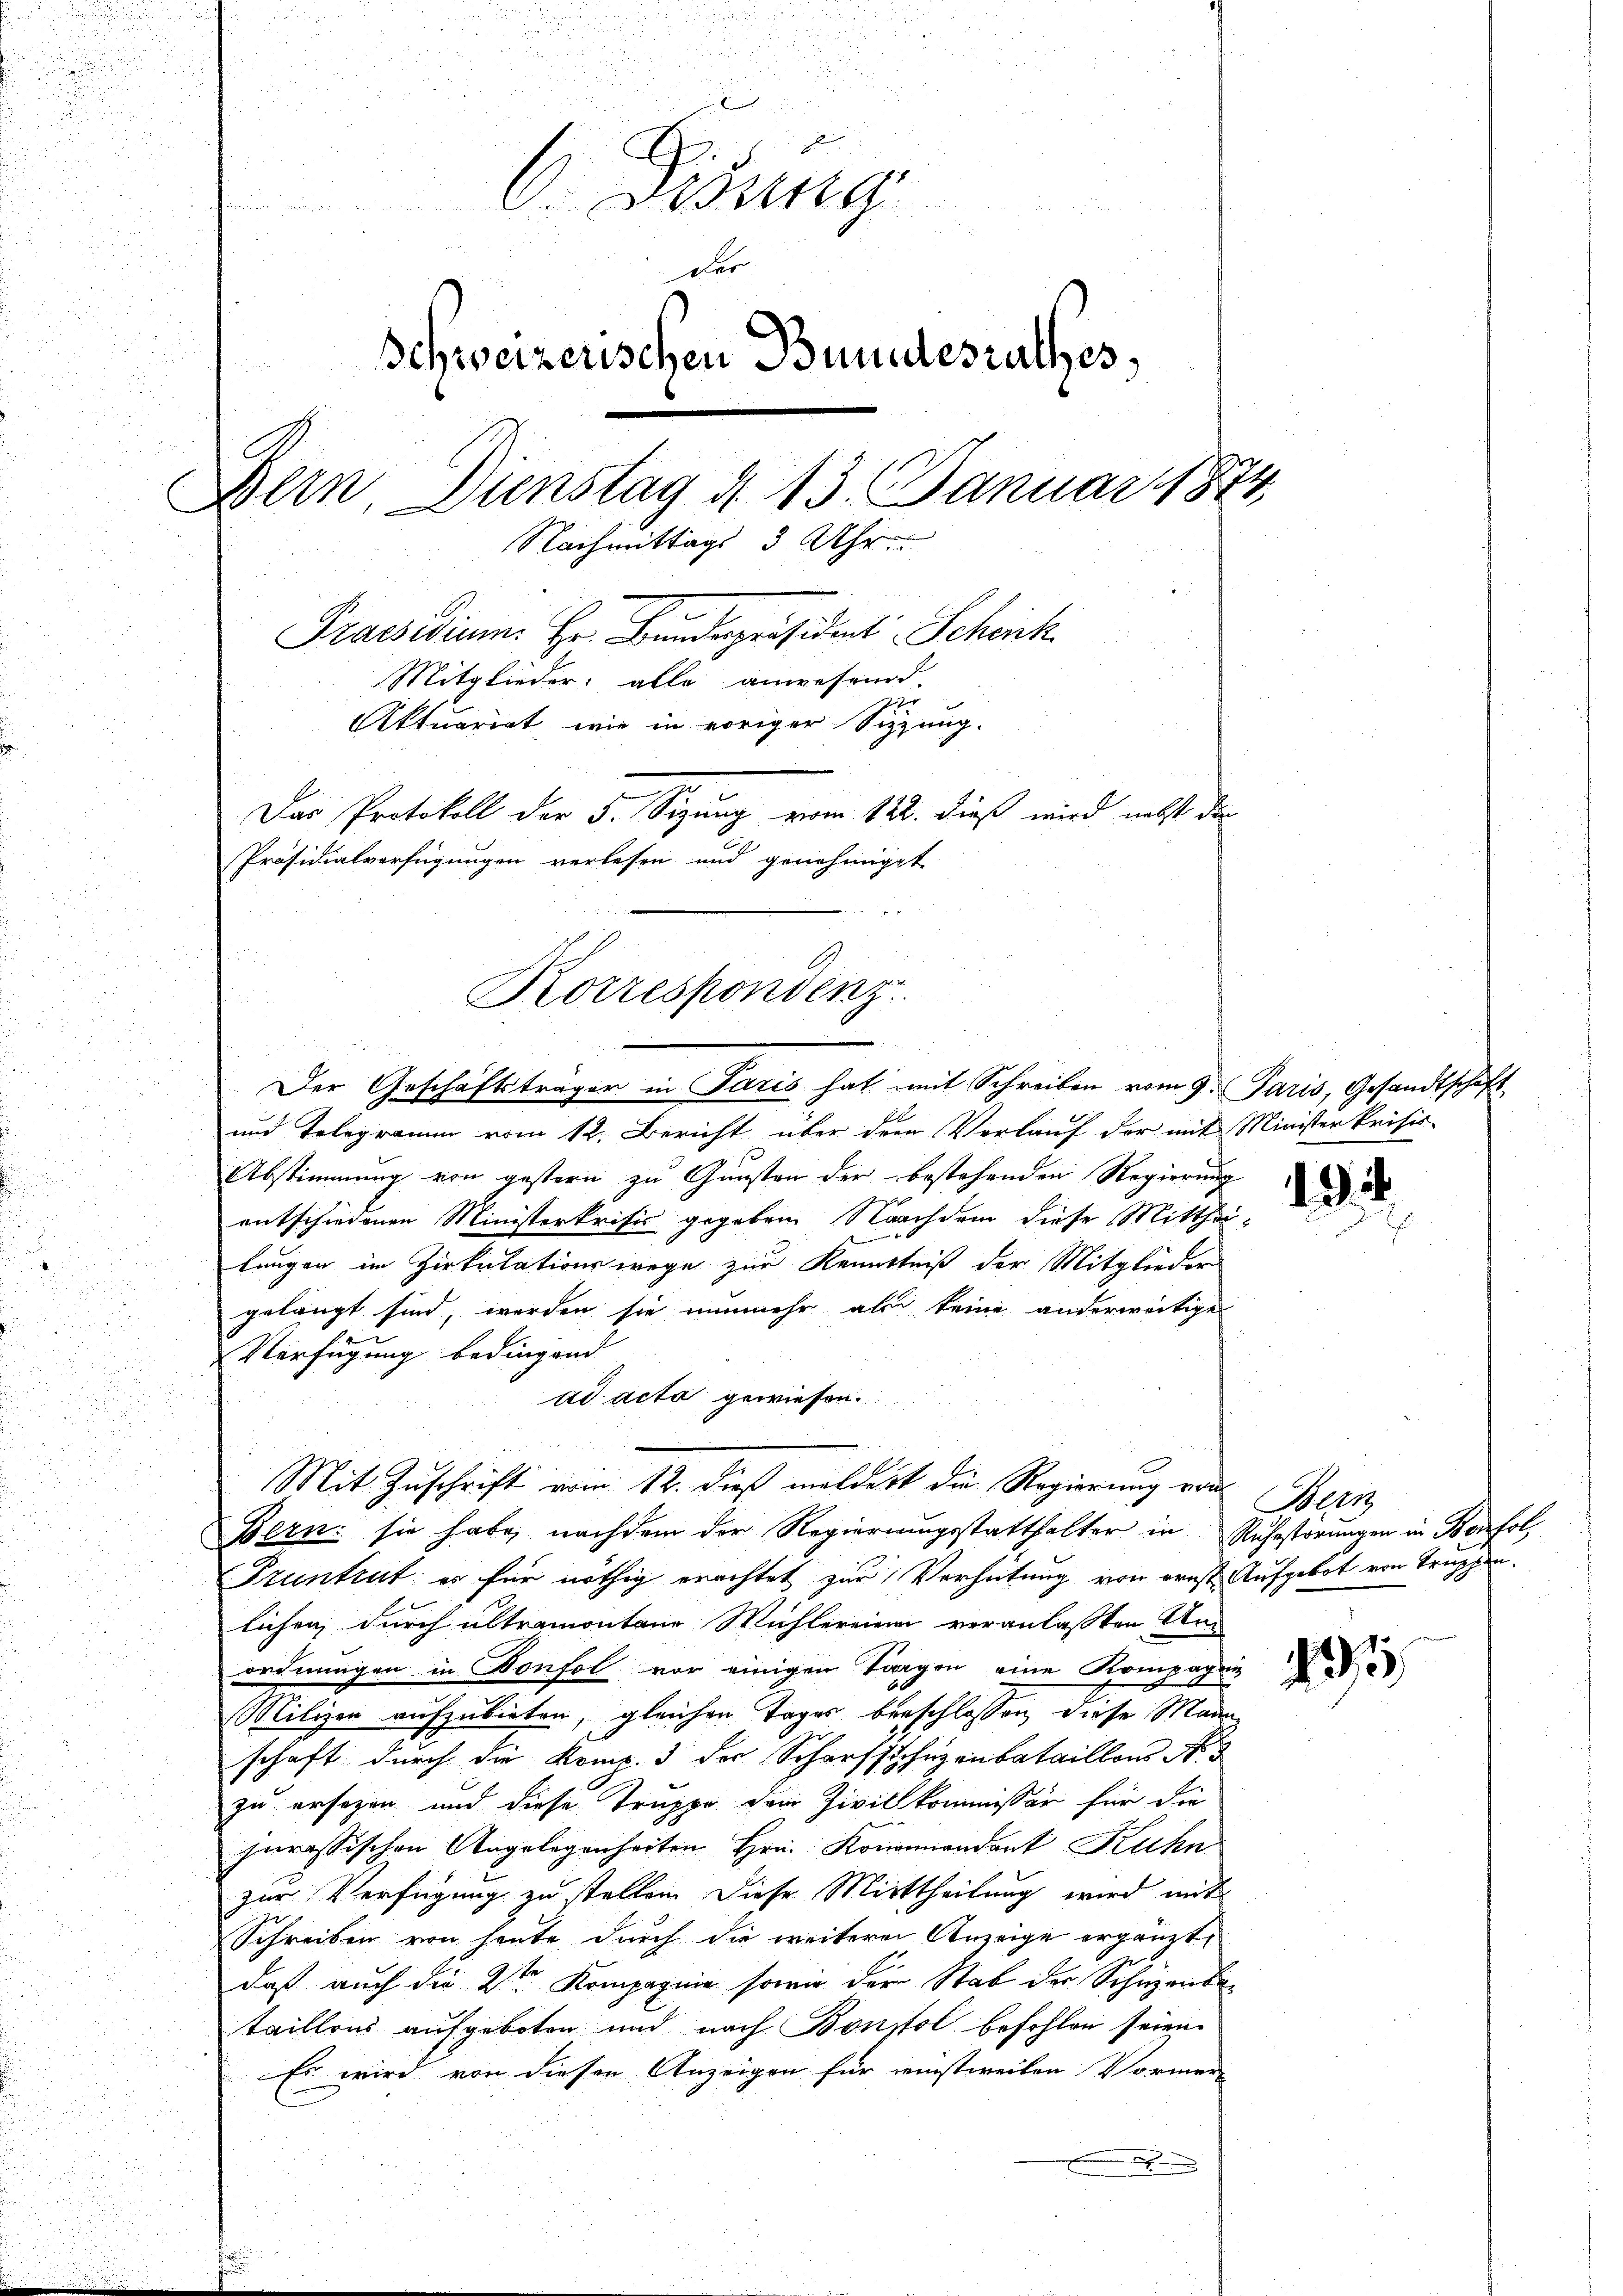
.
C. Diezing
der
Schweizerischen Bundesrathes,
Bern, Dienstag d. 13. Januar 1874,
Nachmittags 3 Uhr
Praesidium. Hr. Bundespräsident Schenk
Mitglieder alle anwesend
Aktuariat, wie in voriger Sitzung.
Das Protokoll der 5. Sitzung vom 122. dieß wird nebst der
Präsidialverfügungen verlesen und genehmiget

Korrespondenz
e
Der Geschäftsträger in Paris hat mit Schreiben vom 9. Paris, Gesandtschaft

Mit Zuschrift vom 12. dieß meldert die Regierung von

und Telegramm vom 12. Bericht über dem Verlauf der mit Ministerkrisis
Abstimmung von gestern zu Gunsten der bestehenden Regierung
entschiedenen Ministerkrisis gegeben Nachdem diese Mittheilungen im Zirkulationswege zur Kenntniß der Mitglieder
gelangt sind, werden sie nunmehr als keine anderweitige
Verfügung bedingend
ad acta gewiesen.
Bern: sie habe, nachdem der Regierungsstatthalter in Ruhestörŭngen in Befol
Pruntrut es für nöthig erachtet zur Verhütung von ernst Aufgebot von Truppen.
lichen durch altramontane Wichlereien veranlaßten Um
ordnungen in Konfol vor einigen Tagen eine Kompagni
Milizen aufzubieten, gleichen Tages beschlossen, diese Mann
schaft durch die Komp. 3 der Scharfschuzenbataillons No. 3
zu ersezen und diese Truppe dem Zivilkommissär für die
jurassischen Angelegenheiten Hrn. Konammandant Kuhn
zur Verfügung zu stellen. Diese Mittheilung wird mit
Schreiben von heute durch die weiterer Anzeige ergänzt,
daß auch die 2ten Kompagnie sowie der Stab der Schuzenbetaillons aufgeboten und nach Bonstal befohlen seien.
Es wird von diesen Anzeigen für meinstweilen Vormer
.

.

Not

437